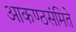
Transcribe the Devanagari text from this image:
आकण्ठसंमिते